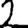
Digit: 2